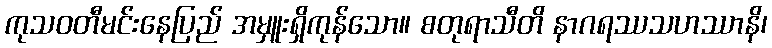
ကုသဝတီမင်းနေပြည် အမှူးရှိကုန်သော။ စတုရာသီတိ နာဂရဿသဟဿာနိ၊